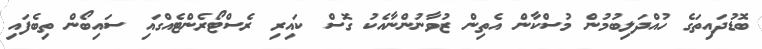
ބޮޑުދައިތަގެ ހުއްދަލިބުމުން މުސްކާން އެތިން ޒުވާނުންނާއެކު ގޮސް ކައިރި ރެސްޓޯރެންޓެއްގައި ސައިބޯން ތިބެފައި